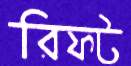
রিফট